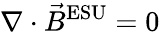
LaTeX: \nabla\cdot{\vec{B}}^{\mathrm{ESU}}=0